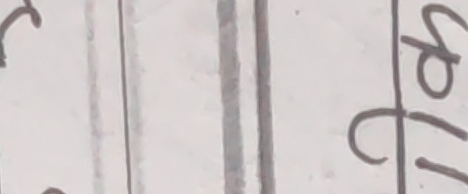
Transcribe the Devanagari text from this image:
११६